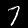
Label: 7